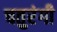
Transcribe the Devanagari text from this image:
चतुरंगी